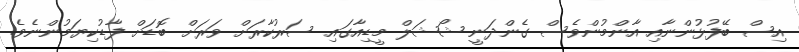
އިސް ބޭފުޅުންނާއި އާންމުންވެސް ގެންދަނީ ޝޯޝަލް މީޑިއާގައި ސަރުކާރަށް ވަރަށް ބޮޑަށް ފާޑުކިޔަމުންނެވެ.